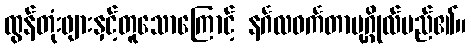
ထွန်တုံးဖျားနှင့်တူသောကြောင့် နင်္ဂလဝင်္ကတာပုဂ္ဂိုလ်မည်၏။